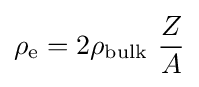
\rho _{\text{e}}=2\rho _{\text{bulk}}\ {\frac {Z}{A}}